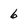
Character: 6